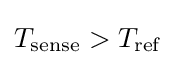
T_{\text{sense}}>T_{\text{ref}}